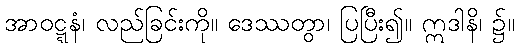
အာဝဋ္ဋနံ၊ လည်ခြင်းကို။ ဒေဿတွာ၊ ပြပြီး၍။ ဣဒါနိ၊ ၌။